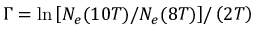
\Gamma = \ln { \left[ N _ { e } ( 1 0 T ) / N _ { e } ( 8 T ) \right] } / \left( 2 T \right)